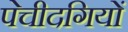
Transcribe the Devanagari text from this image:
पेचीदगियों